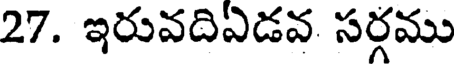
27. ఇరువదిఏడవ సర్గము